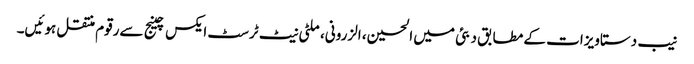
نیب دستاویزات کے مطابق دبئی میں الحسین، الزرونی، ملٹی نیٹ ٹرسٹ ایکس چینج سےرقوم منتقل ہوئیں۔